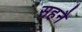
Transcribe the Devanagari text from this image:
सहनै